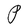
Character: P